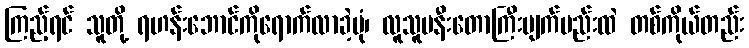
ကြည့်ရင် သူတို့ ရဟန်းဘောင်ကိုရောက်လာခဲ့ပုံ၊ လူသူမနီးတောကြီးမျက်မည်းထဲ တစ်ကိုယ်တည်း